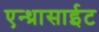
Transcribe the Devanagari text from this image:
एन्थ्रासाईट